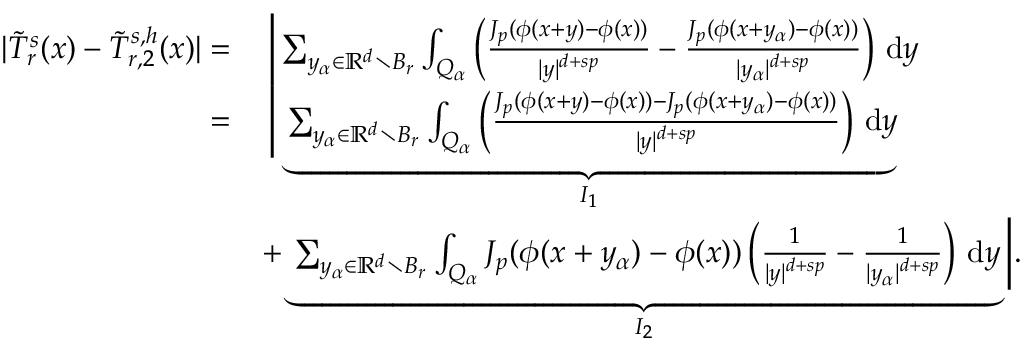
\begin{array} { r l } { | \tilde { T } _ { r } ^ { s } ( x ) - \tilde { T } _ { r , 2 } ^ { s , h } ( x ) | = } & { \, \bigg | \sum _ { y _ { \alpha } \in \ensuremath { \mathbb { R } } ^ { d } \setminus B _ { r } } \int _ { Q _ { \alpha } } \left( \frac { J _ { p } ( \phi ( x + y ) - \phi ( x ) ) } { | y | ^ { d + s p } } - \frac { J _ { p } ( \phi ( x + y _ { \alpha } ) - \phi ( x ) ) } { | y _ { \alpha } | ^ { d + s p } } \right) \, \mathrm { d } y } \\ { = } & { \, \bigg | \underbrace { \sum _ { y _ { \alpha } \in \ensuremath { \mathbb { R } } ^ { d } \setminus B _ { r } } \int _ { Q _ { \alpha } } \left( \frac { J _ { p } ( \phi ( x + y ) - \phi ( x ) ) - J _ { p } ( \phi ( x + y _ { \alpha } ) - \phi ( x ) ) } { | y | ^ { d + s p } } \right) \, \mathrm { d } y } _ { I _ { 1 } } } \\ & { + \underbrace { \sum _ { y _ { \alpha } \in \ensuremath { \mathbb { R } } ^ { d } \setminus B _ { r } } \int _ { Q _ { \alpha } } J _ { p } ( \phi ( x + y _ { \alpha } ) - \phi ( x ) ) \left( \frac { 1 } { | y | ^ { d + s p } } - \frac { 1 } { | y _ { \alpha } | ^ { d + s p } } \right) \, \mathrm { d } y } _ { I _ { 2 } } \bigg | . } \end{array}